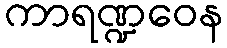
ကာရဏ္ဍဝေန